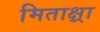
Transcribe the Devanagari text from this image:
मिताक्ष्रा